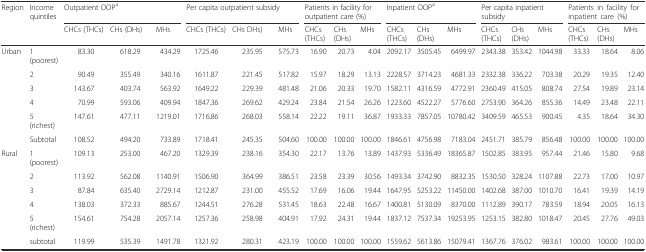
<table><thead><tr><td rowspan="2"><b>Region</b></td><td rowspan="2"><b>Income quintiles</b></td><td colspan="3"><b>Outpatient OOP<sup>a</sup></b></td><td colspan="3"><b>Per capita outpatient subsidy</b></td><td colspan="3"><b>Patients in facility for outpatient care (%)</b></td><td colspan="3"><b>Inpatient OOP<sup>a</sup></b></td><td colspan="3"><b>Per capita inpatient subsidy</b></td><td colspan="3"><b>Patients in facility for inpatient care (%)</b></td></tr><tr><td><b>CHCs (THCs)</b></td><td><b>CHs (DHs)</b></td><td><b>MHs</b></td><td><b>CHCs (THCs)</b></td><td><b>CHs DHs)</b></td><td><b>MHs</b></td><td><b>CHCs (THCs)</b></td><td><b>CHs (DHs)</b></td><td><b>MHs</b></td><td><b>CHCs (THCs)</b></td><td><b>CHs (DHs)</b></td><td><b>MHs</b></td><td><b>CHCs (THCs)</b></td><td><b>CHs (DHs)</b></td><td><b>MHs</b></td><td><b>CHCs (THCs)</b></td><td><b>CHs (DHs)</b></td><td><b>MHs</b></td></tr></thead><tbody><tr><td rowspan="6">Urban</td><td>1 (poorest)</td><td>83.30</td><td>618.29</td><td>434.29</td><td>1725.46</td><td>235.95</td><td>575.73</td><td>16.90</td><td>20.73</td><td>4.04</td><td>2092.17</td><td>3505.45</td><td>6499.97</td><td>2343.38</td><td>353.42</td><td>1044.98</td><td>33.33</td><td>18.64</td><td>8.06</td></tr><tr><td>2</td><td>90.49</td><td>355.49</td><td>340.16</td><td>1611.87</td><td>221.45</td><td>517.82</td><td>15.97</td><td>18.29</td><td>13.13</td><td>2228.57</td><td>3714.23</td><td>4681.33</td><td>2332.38</td><td>336.22</td><td>703.38</td><td>20.29</td><td>19.35</td><td>12.40</td></tr><tr><td>3</td><td>143.67</td><td>403.74</td><td>563.92</td><td>1649.22</td><td>229.39</td><td>481.48</td><td>21.06</td><td>20.33</td><td>19.70</td><td>1582.11</td><td>4316.59</td><td>4772.91</td><td>2360.49</td><td>415.05</td><td>808.74</td><td>27.54</td><td>19.89</td><td>23.14</td></tr><tr><td>4</td><td>70.99</td><td>593.06</td><td>409.94</td><td>1847.36</td><td>269.62</td><td>429.24</td><td>23.84</td><td>21.54</td><td>26.26</td><td>1223.60</td><td>4522.27</td><td>5776.60</td><td>2753.90</td><td>364.26</td><td>855.36</td><td>14.49</td><td>23.48</td><td>22.11</td></tr><tr><td>5 (richest)</td><td>147.61</td><td>477.11</td><td>1219.01</td><td>1716.86</td><td>268.03</td><td>558.14</td><td>22.22</td><td>19.11</td><td>36.87</td><td>1933.33</td><td>7857.05</td><td>10780.42</td><td>3409.59</td><td>465.53</td><td>900.45</td><td>4.35</td><td>18.64</td><td>34.30</td></tr><tr><td>Subtotal</td><td>108.52</td><td>494.20</td><td>733.89</td><td>1718.41</td><td>245.35</td><td>504.60</td><td>100.00</td><td>100.00</td><td>100.00</td><td>1846.61</td><td>4756.98</td><td>7183.04</td><td>2451.71</td><td>385.79</td><td>856.48</td><td>100.00</td><td>100.00</td><td>100.00</td></tr><tr><td rowspan="6">Rural</td><td>1 (poorest)</td><td>109.13</td><td>253.00</td><td>467.20</td><td>1329.39</td><td>238.16</td><td>354.30</td><td>22.17</td><td>13.76</td><td>13.89</td><td>1437.93</td><td>5336.49</td><td>18365.87</td><td>1502.85</td><td>383.95</td><td>957.44</td><td>21.46</td><td>15.80</td><td>9.68</td></tr><tr><td>2</td><td>113.92</td><td>562.08</td><td>1140.91</td><td>1506.90</td><td>364.99</td><td>386.51</td><td>23.58</td><td>23.39</td><td>30.56</td><td>1493.34</td><td>3742.90</td><td>8832.35</td><td>1530.50</td><td>328.24</td><td>1107.88</td><td>22.73</td><td>17.00</td><td>10.97</td></tr><tr><td>3</td><td>87.84</td><td>635.40</td><td>2729.14</td><td>1212.87</td><td>231.00</td><td>455.52</td><td>17.69</td><td>16.06</td><td>19.44</td><td>1647.95</td><td>5253.22</td><td>11450.00</td><td>1402.68</td><td>387.00</td><td>1010.70</td><td>16.41</td><td>19.39</td><td>14.19</td></tr><tr><td>4</td><td>138.03</td><td>372.33</td><td>885.67</td><td>1244.51</td><td>276.28</td><td>531.45</td><td>18.63</td><td>22.48</td><td>16.67</td><td>1400.81</td><td>5130.09</td><td>8370.00</td><td>1112.89</td><td>390.17</td><td>783.59</td><td>18.94</td><td>20.05</td><td>16.13</td></tr><tr><td>5 (richest)</td><td>154.61</td><td>754.28</td><td>2057.14</td><td>1257.36</td><td>258.98</td><td>404.91</td><td>17.92</td><td>24.31</td><td>19.44</td><td>1837.12</td><td>7537.34</td><td>19253.95</td><td>1253.15</td><td>382.80</td><td>1018.47</td><td>20.45</td><td>27.76</td><td>49.03</td></tr><tr><td>subtotal</td><td>119.99</td><td>535.39</td><td>1491.78</td><td>1321.92</td><td>280.31</td><td>423.19</td><td>100.00</td><td>100.00</td><td>100.00</td><td>1559.62</td><td>5613.86</td><td>15079.41</td><td>1367.76</td><td>376.02</td><td>983.61</td><td>100.00</td><td>100.00</td><td>100.00</td></tr></tbody></table>